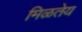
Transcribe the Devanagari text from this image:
मिळतेय